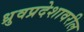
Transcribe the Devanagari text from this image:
ध्रुवप्रदेशावरील